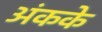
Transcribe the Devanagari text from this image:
अंकके